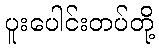
ပူးပေါင်းတပ်တို့